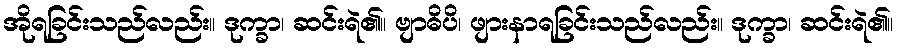
အိုရခြင်းသည်လည်း။ ဒုက္ခာ၊ ဆင်းရဲ၏။ ဗျာဓိပိ၊ ဖျားနာရခြင်းသည်လည်း။ ဒုက္ခာ၊ ဆင်းရဲ၏။